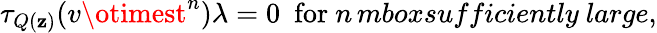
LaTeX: \tau_{Q(\mathbf{z})}(v\otimest^{n})\lambda=0\ \ \mathrm{{for}}\ n\, mbox{sufficiently\ large},